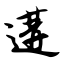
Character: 遘